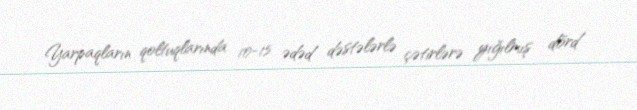
Yarpaqların qoltuqlarında 10-15 ədəd dəstələrlə çətirlərə yığılmış dörd